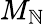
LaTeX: M_{\mathbb{N}}